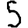
Digit: 5